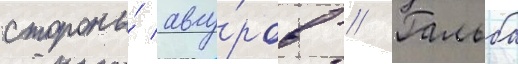
стороны́ авгу́ров // Гальба